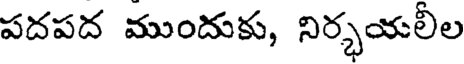
పదపద ముందుకు, నిర్భయలీల